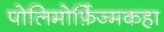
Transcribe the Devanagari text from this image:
पोलिमोर्फ़िज्मकहा